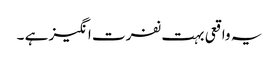
یہ واقعی بہت نفرت انگیز ہے ۔